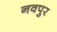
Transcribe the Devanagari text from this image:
नवपुर